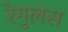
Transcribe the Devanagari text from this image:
रेगुलस